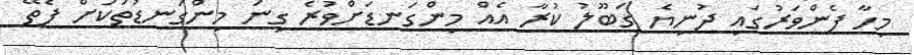
މިހާ ފެންވަރުގައި ދުނިޔެ ގަބޫލު ކުރާ އެއް މިންގަނޑަށްވުރެ ގިނަ މިންގަނޑުތަކަށް ފެތޭ